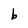
Character: b